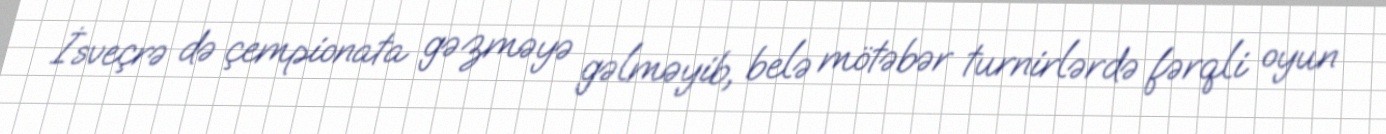
İsveçrə də çempionata gəzməyə gəlməyib, belə mötəbər turnirlərdə fərqli oyun